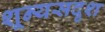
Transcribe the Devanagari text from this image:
शून्यसदृश